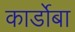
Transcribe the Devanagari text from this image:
कार्डोबा